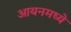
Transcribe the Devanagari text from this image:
आयनमध्ये